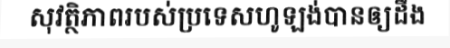
សុវត្ថិភាពរបស់ប្រទេសហូឡង់បានឲ្យដឹង